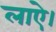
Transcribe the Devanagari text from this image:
लाऐ।